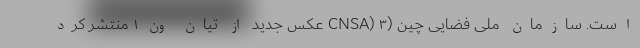
است. سازمان ملی فضایی چین (CNSA) ۳ عکس جدید از تیان ون۱ منتشر کرد